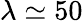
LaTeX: \lambda\simeq 50